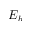
E _ { b }